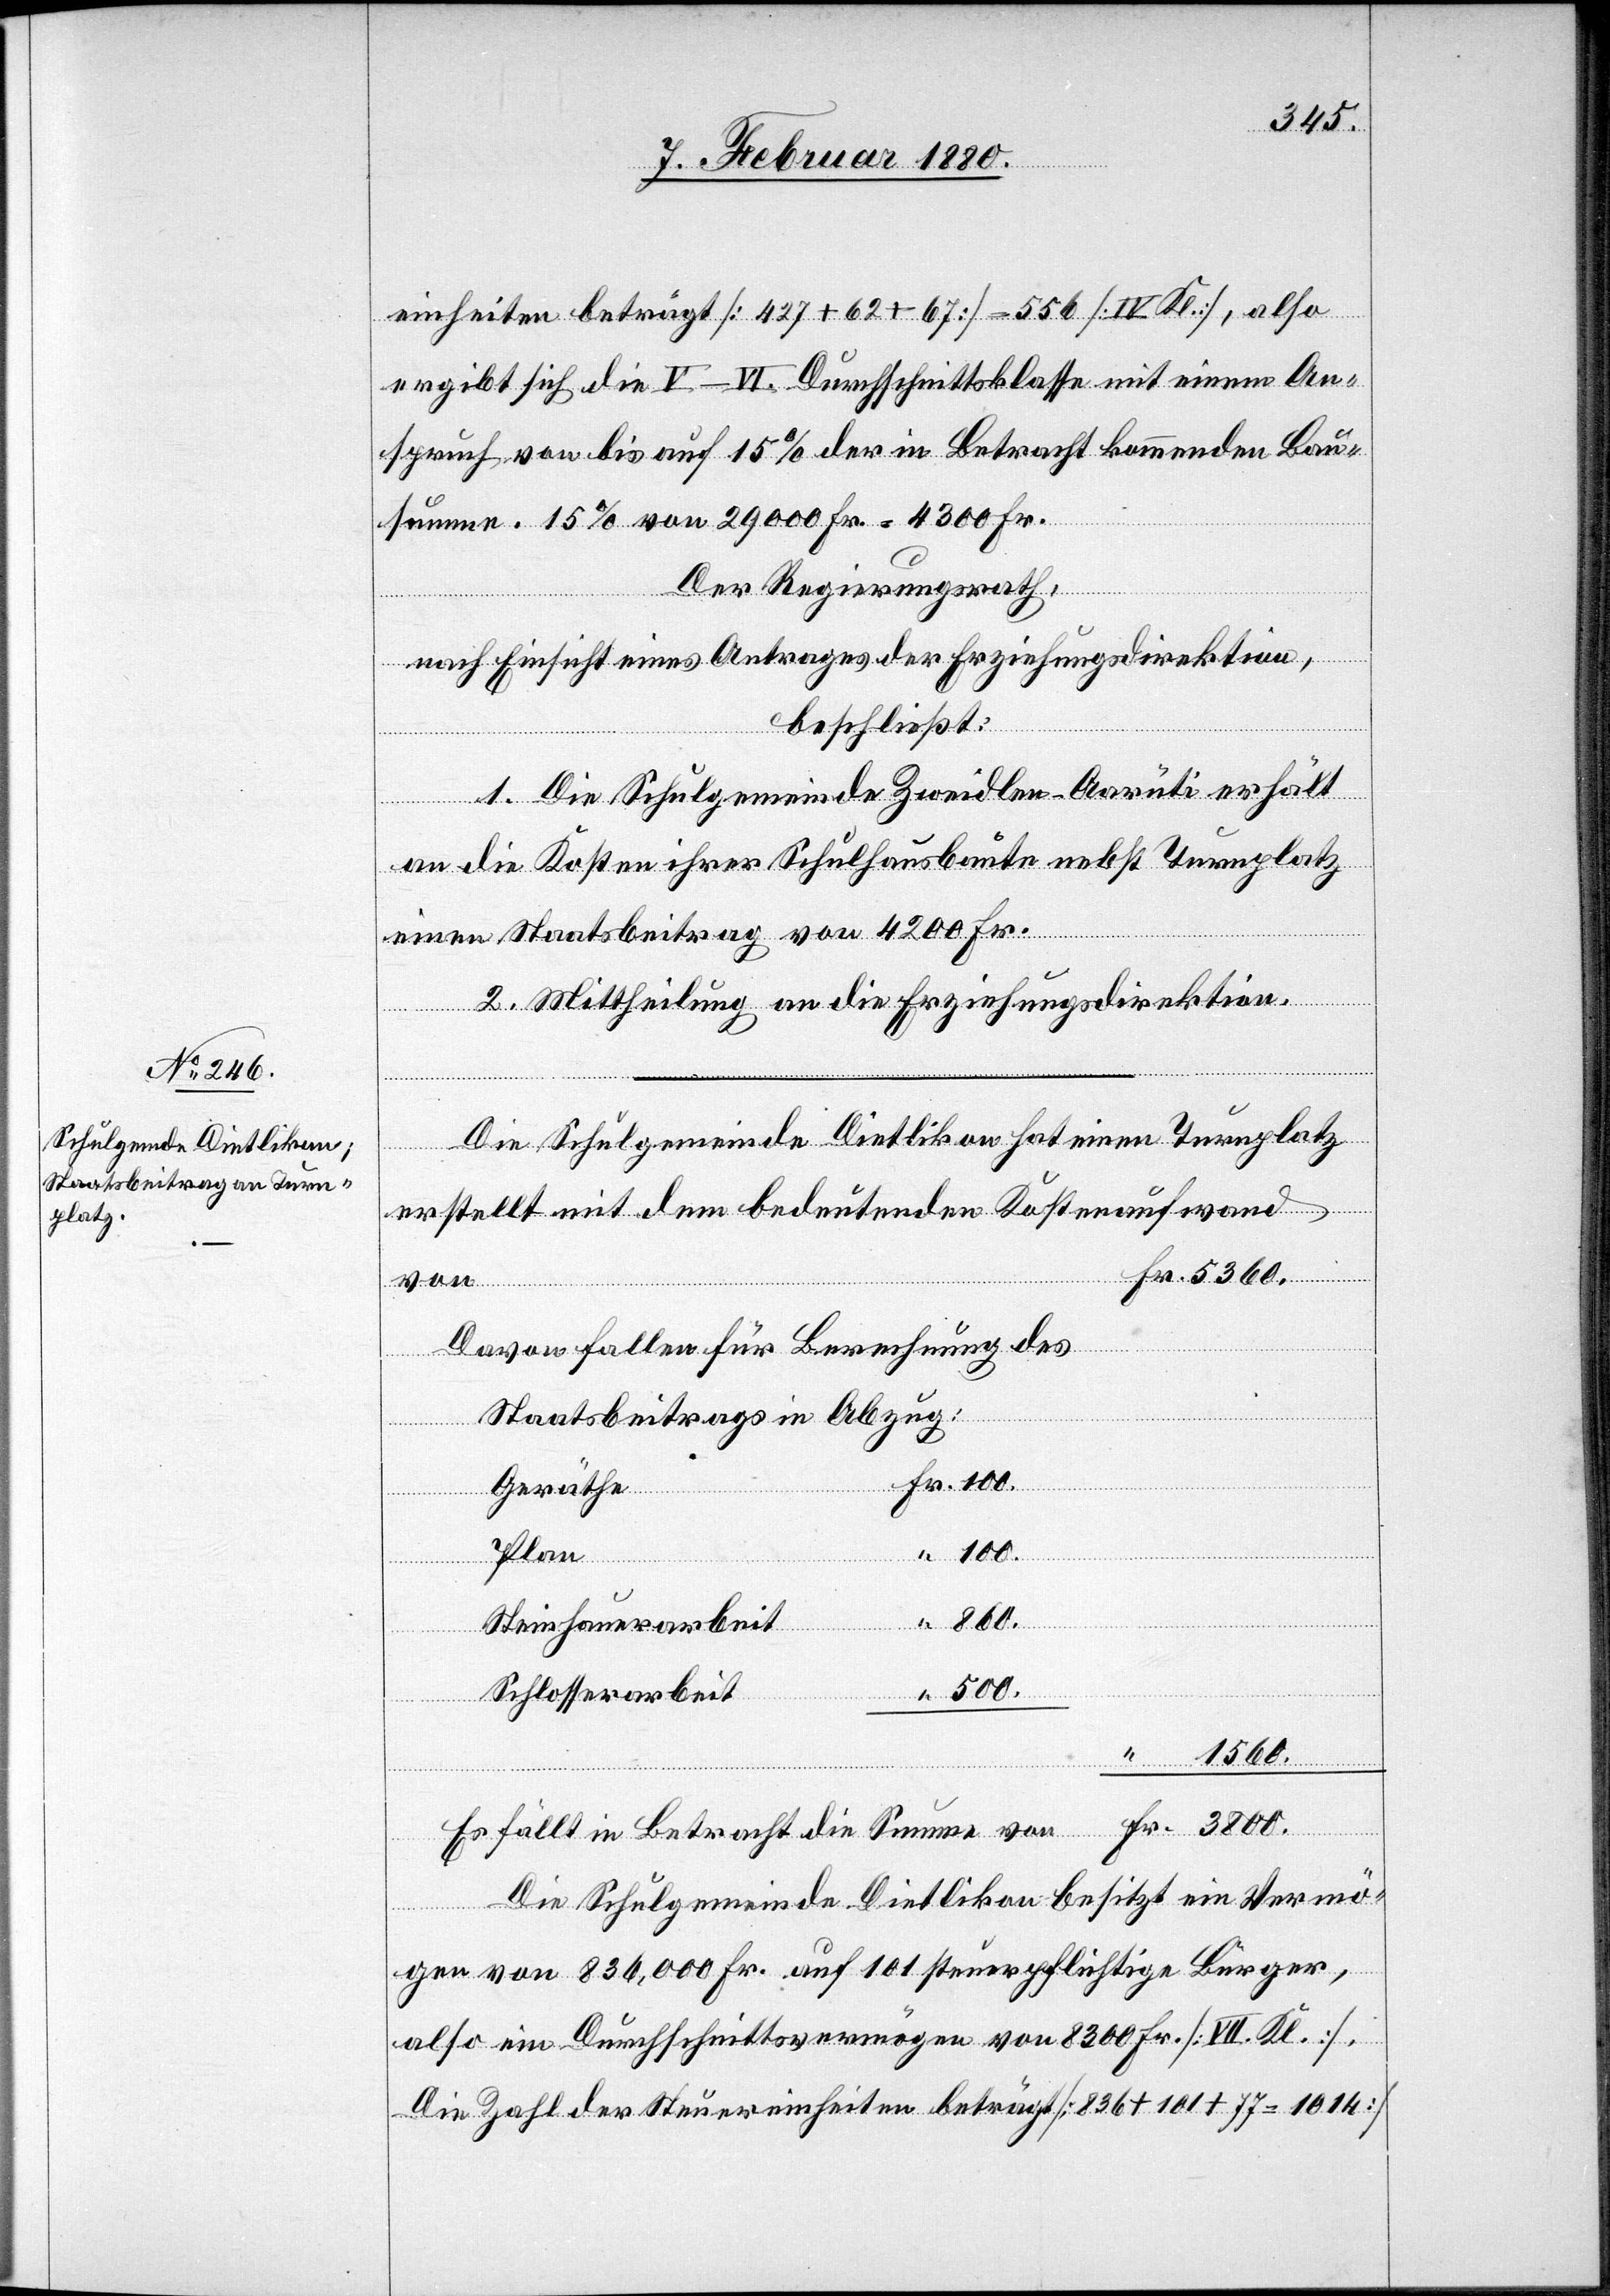
einheiten beträgt [427 + 62 67] = 556 [IV. Kl], also
ergibt sich die V–VI. Durchschnittsklasse mit einem An¬
spruch von bis auf 15% der in Betracht kommenden Bau¬
summe. 15% von 29 000 Fr. = 4300 Fr.
Der Regierungsrath,
nach Einsicht eines Antrages der Erziehungsdirektion,
“
beschließt:
1. Die Schulgemeinde Zwindlen - Aarüti erhält
an die Kosten ihrer Schulhausbaute nebst Turnplatz
einen Staatsbeitrag von 4200 Fr.
2. Mittheilung an die Erziehungsdirektion.
Die Schulgemeinde Dietlikon hat einen Turnplatz
erstellt mit dem bedeutenden Kostenaufwand
5360.
Fr.
Davon fallen für Berechnung
Staatsbeitrages in Abzug:
Geräthe
Plan
3800.
Steinhauerarbeit
Schlosserarbeit
“
1560.
Es fällt in Betracht die Summe von
Fr.
Die Schulgemeinde Dietlikon besitzt ein Vermö¬
gen von 836 000 Fr. auf 101 steuerpflichtige Bürger,
also ein Durchschnittsvermögen von 8300 Fr. [VII. Kl.].
Die Zahl der Steuereinheiten beträgt [836 + 101 + 77 = 1014]